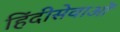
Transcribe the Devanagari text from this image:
हिंदीसेवाओं